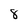
Character: 8